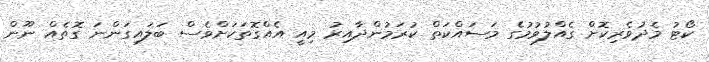
ކޯޓު މެދުވެރިކޮށް ގެއްލުވުމުގެ މަސައްކަތް ކުރަމުންދާއިރު މިއީ އެއްގޮތަކަށްވެސް ބަލައިގަންނަ ގޮތެއް ނޫން